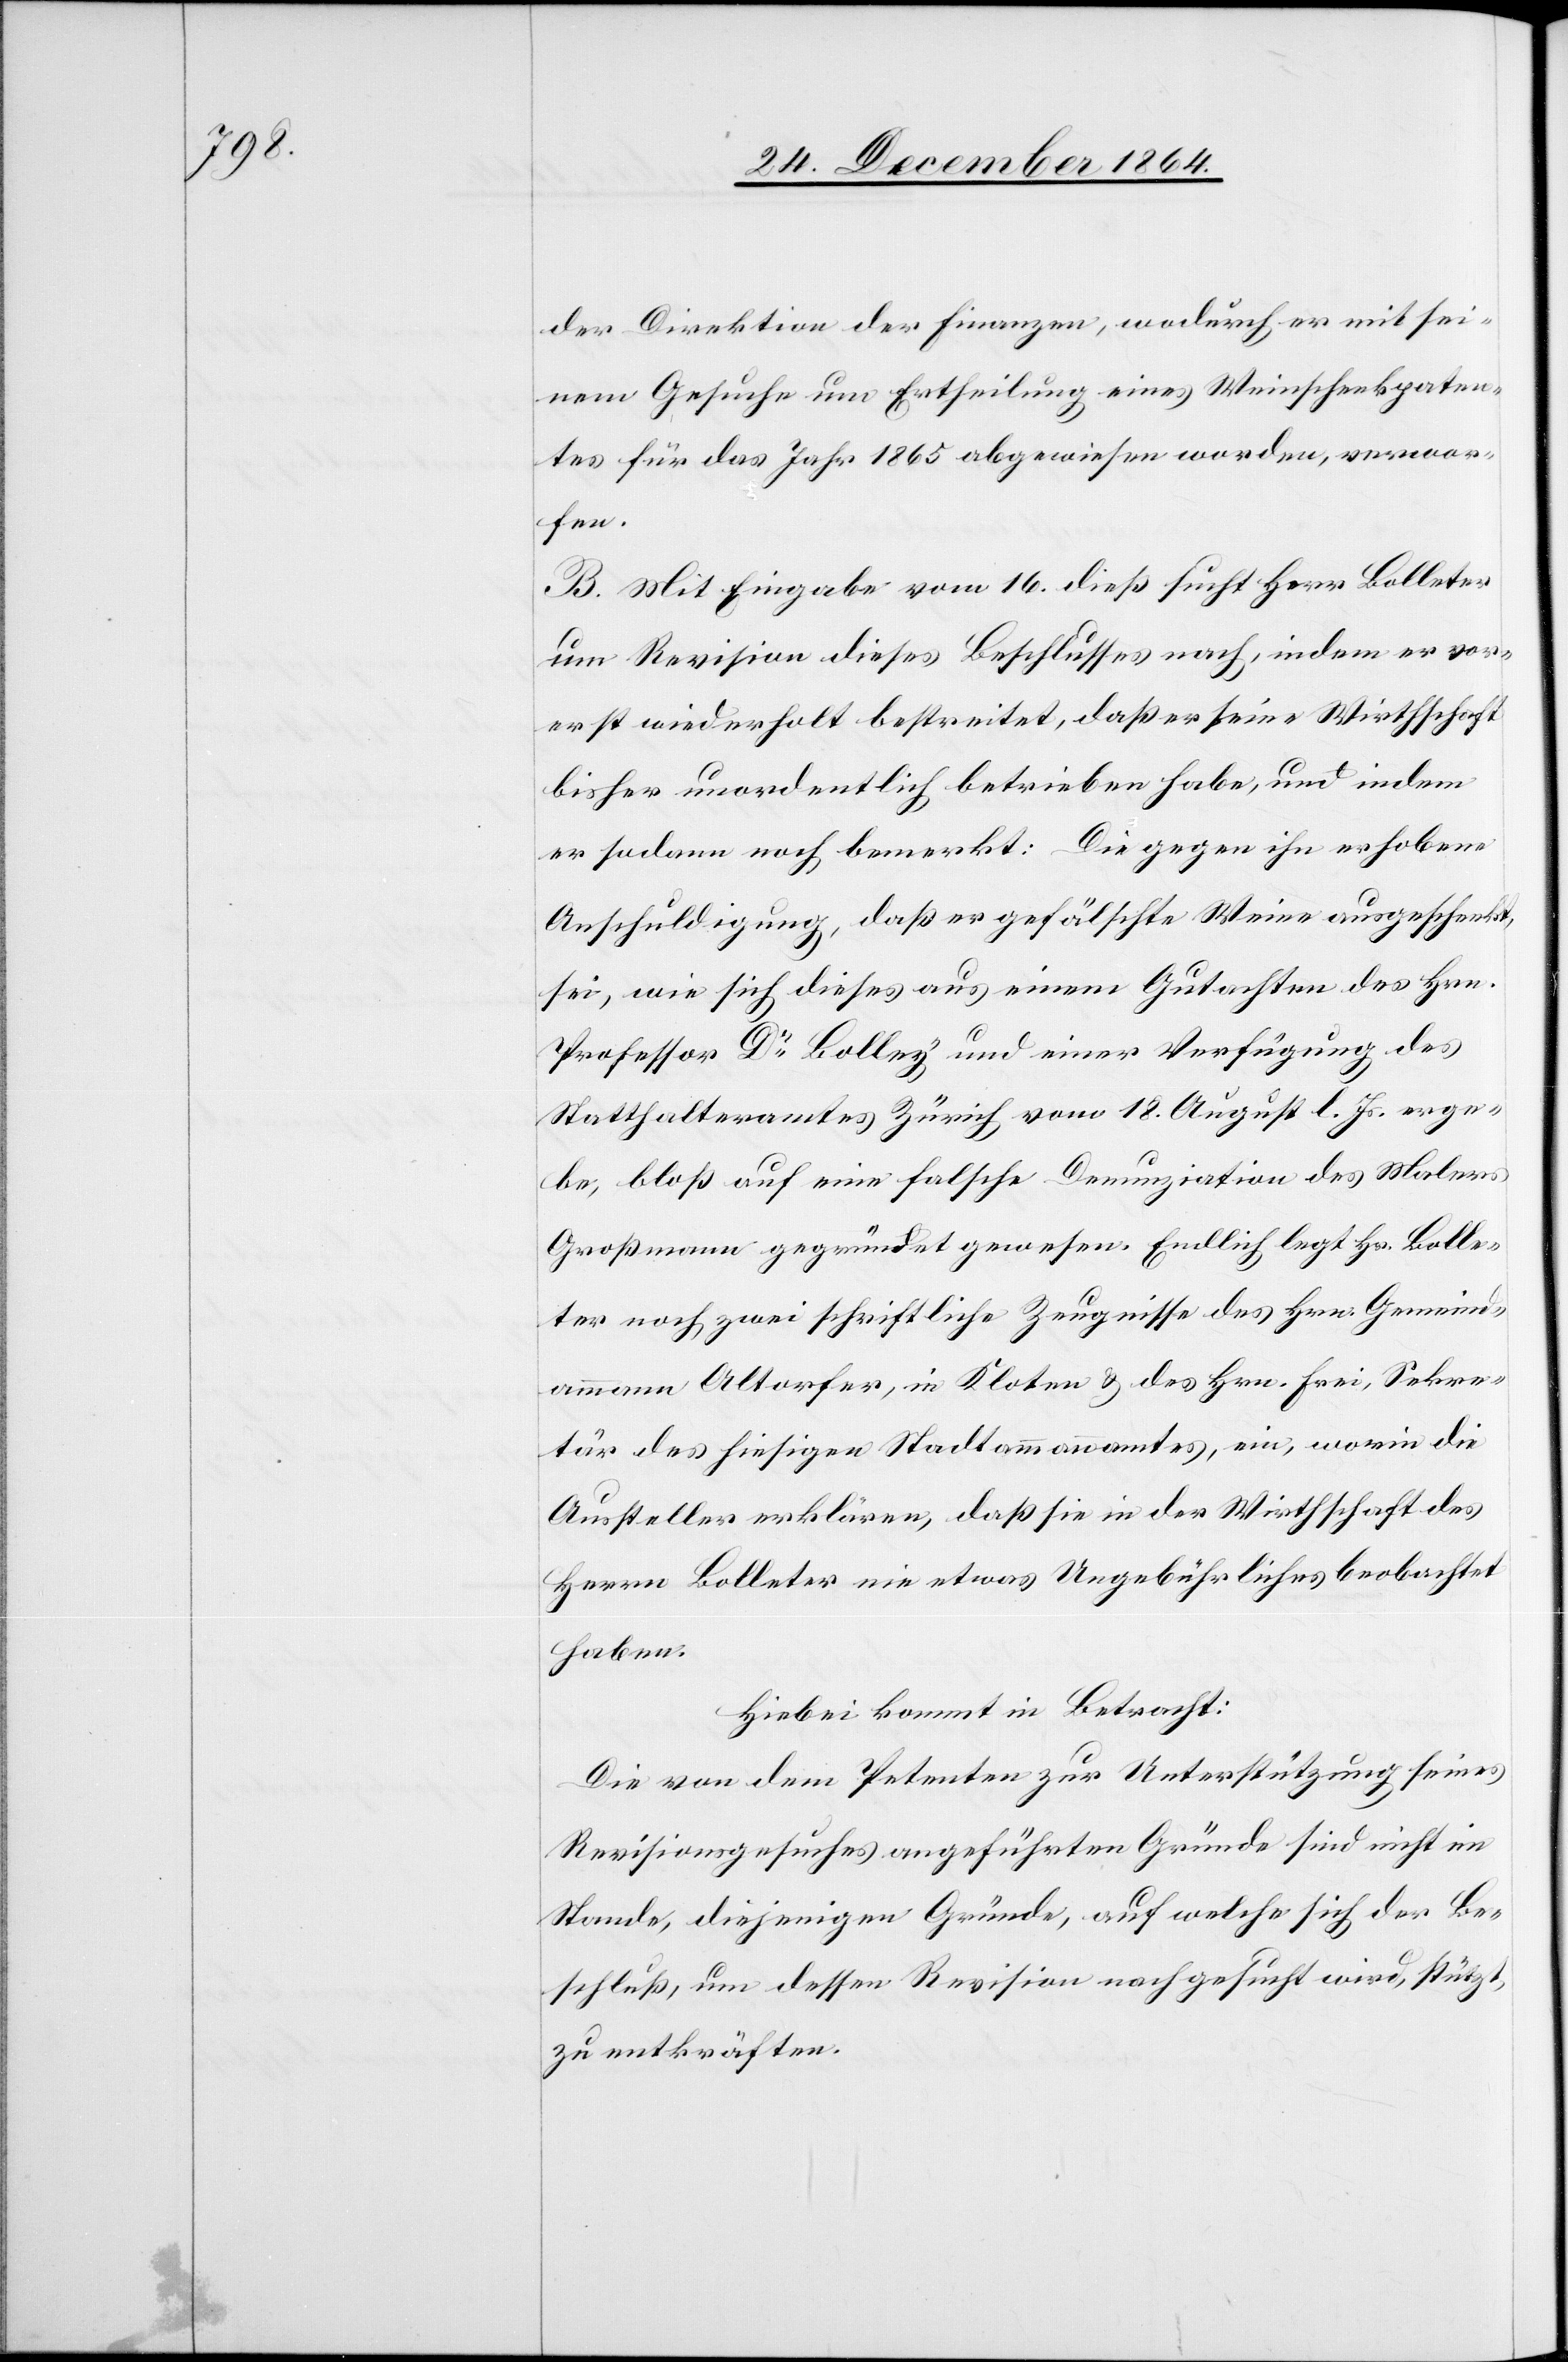
der Direktion der Finanzen, wodurch er mit sei¬
nem Gesuche um Ertheilung eines Weinschenkpaten¬
tes für das Jahr 1865 abgewiesen worden, verwor¬
fen.
B. Mit Eingabe vom 16. dieß sucht Herr Bolleter
um Revision dieses Beschlusses nach, indem er vor¬
erst wiederholt bestreitet, daß er seine Wirthschaft
bisher unordentlich betrieben habe, und indem
er sodann noch bemerkt: Die gegen ihn erhobene
Anschuldigung, daß er gefälschte Weine ausgeschenkt,
sei, wie sich dieses aus einem Gutachten des Hrn.
Professor Dr Bolley und einer Verfügung des
Statthalteramtes Zürich vom 18. August l. Js. erge¬
be, bloß auf eine falsche Denunziation des Malers
Großmann gegründet gewesen. Endlich legt Hr. Bolle¬
ter noch zwei schriftliche Zeugnisse des Hrn. Gemeind¬
ammann Altorfer, in Kloten & des Hrn. Frei, Sekre¬
tär des hiesigen Stadtammannamtes, ein, worin die
Aussteller erklären, daß sie in der Wirthschaft des
Herrn Bolleter nie etwas Ungebührliches beobachtet
haben.
Hiebei kommt in Betracht:
Die vom Petenten zur Unterstützung seines
Revisionsgesuches angeführten Gründe sind nicht im
Stande, diejenigen Gründe, auf welche sich der Be¬
schluß, um dessen Revision nachgesucht wird, stützt,
zu entkräften.